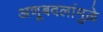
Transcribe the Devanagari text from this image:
अणूबदलांमुळे